Annual report of the Bengal Veterinary College and of the Civil Veterinary Department, Bengal, for the year 1899-1900 - 1899-1900
Year: 1899
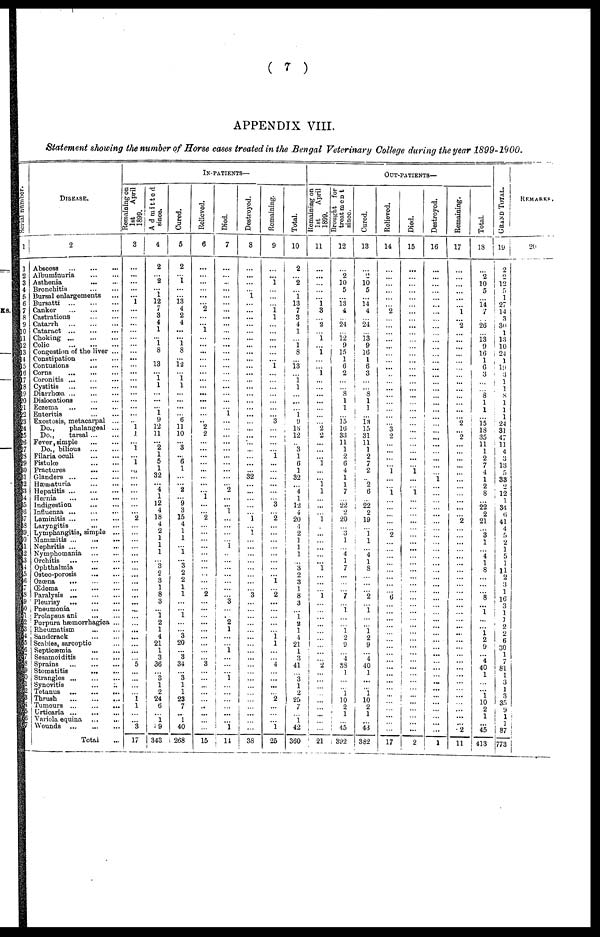
APPENDIX VIII.
Statement showing the number of Horse cases treated in the Bengal Veterinary College during the year 1899-1900.
Ser i
al number.
1
1
2
3
4
5
6
7
8
9
10
11
12
13
14
15
16
17
18
19
20
21
22
23
24
25
26
27
28
29
30
31
32
33
34
35
36 37
38
39
40
41
42
43
44
45
46
47
48
49
50
51
52
53
54
55 56
57
58
59
60
61
62
63
64
65
66
67
Disease.
2
Abscess ... ... ...
Albuminuria ... ...
Asthenia ... ...
Bronchitis ... ...
Bursal enlargements ...
Bursatti ... ... ...
Canker ... ... ...
Castrations ... ...
Catarrh ... ... ...
Cataract ... ... ...
Choking ... ... ...
Colic ... ... ...
Congestion of the liver ...
Constipation ... ...
Contusions ... ...
Corns ... ... ...
Coronitis ... ... ...
Cystitis ... ... ...
Diarrhœa ... ... ...
Dislocations ... ...
Eczema ... ... ...
Enteritis ... ...
Exostosis, metacarpal ...
Do.,
phalangeal ...
Do.,
tarsal ... ...
Fever, simple ... ...
Do., bilious ... ...
Filaria oculi ... ...
Fistulœ ... ...
Fractures ... ...
Glanders ... ... ...
Hæmaturia ... ...
Hepatitis ... ... ...
Hernia ... ... ...
Indigestion ... ...
Influenza ... ... ...
Laminitis ... ... ...
Laryngitis ... ...
Lymphangitis, simple ...
Manimitis ... ... ...
Nephritis ... ... ...
Nymphomania ... ...
Orchitis ... ... ...
Ophthalmia ... ...
Osteo-porosis ... ...
Ozœna ... ... ...
Œdoma ... ... ...
Paralysis ... ... ...
Pleurisy ... ... ...
Pneumonia ... ...
Prolapsus ani ... ...
Purpura hæmorrhagica ...
Rheumatism ... ...
Sanderack ... ...
Scabies, sarcoptic ...
Septicæmia ... ...
Sesamoiditis ... ...
Sprains ... ... ...
Stomatitis ... ...
Strangles ... ... ...
Synovitis ... ...
Tetanus
...
...
...
Thrush ... ... ...
Tumours
...
...
...
Urticaria ... ... ...
Varicla equina ... ...
Wounds ... ... ...
Total ...
In-patients—
Romaioing on
1st
April
1899.
3
...
...
...
...
...
1
...
...
...
...
...
...
...
...
...
...
...
...
...
...
...
...
... 1
1
...
1
... 1
...
...
...
...
...
...
... 2
...
...
... ...
...
...
...
...
...
...
...
...
...
...
...
...
...
...
... ...
... 5
...
...
...
...
1
1
...
... 3
17
Admitted
since.
4
2
... 2
... 1
12
7
3
4 1
... 1
8
... 13
1 1
1
...
...
... 1
9
12
11
... 2
1
5
1
32
... 4
1
12
4
18
4
2
1
1
1
... 3
2 3
1
8
3
... 1 2
1
4
21
1
3
36
...
...
1
2
24
6
... 1
9
343
| Cured.
5
2
...
1
...
...
13 4
2
4
...
... 1
8
...
12
...
1
1
...
...
... ...
6
11
10
...
3
... 6
1
...
... 2
...
9
3
13
4
1 1
1
1 ...
3
2 2
1
1
...
... 1
...
...
3
20
...
3
34
...
3 1
1
23
7
...
1
40
268
Relieved.
6
...
...
...
...
...
... 2
...
...
1
...
... ...
...
...
...
...
...
...
...
... ...
...
2
2
...
...
...
...
...
...
... ... 1
...
... 2
... ...
...
...
...
...
...
... ...
... 2
...
...
...
...
...
...
...
...
...
3
...
...
...
...
...
...
... ...
...
15
Died.
7
...
...
...
...
...
...
...
...
...
...
...
...
...
...
... ...
...
...
...
...
...
1
...
...
...
...
...
...
...
...
...
... 2
... ...
1
...
... ...
...
1
... ...
...
...
...
...
...
3
...
... 2
1
...
... 1
...
...
... 1
...
...
...
...
... ...
1
11
Destroyed.
8
...
...
...
...
1
...
...
...
...
...
...
...
...
...
...
...
...
...
...
...
...
...
...
...
...
...
...
...
...
... 32
...
...
...
...
... 1
... 1
...
...
...
...
...
...
...
... 3
...
...
...
...
...
...
...
...
...
...
...
...
... ...
...
... ...
...
38
Remaining.
9
...
... 1
...
1 1
...
...
...
...
...
...
1
...
...
...
...
...
...
... 3
...
...
...
... 1
...
...
...
...
...
...
3
... 2
...
...
...
...
...
...
...
... 1
... 2
...
...
...
...
... 1
1
...
... 4
...
...
...
... 2
...
... ...
1
25
Total.
10
2
...
2
...
1
13
7
3
4
1
...
1
8
...
13
...
1
1
...
...
1
9
13
12
...
3
1
6
1
32
... 4
1
12
4
20
1
2
1
1
1
...
3
2 3
1
8
3
... 1
2
1
4
21 1
3
41
...
3
1
2
25
7
... 1
42
360
Out-patients—
Remaining on
1st
April
1899.
11
...
... ...
...
...
1
3
...
2
...
1
... 1
...
...
1
...
...
...
...
...
...
...
2
2
...
...
...
1
...
1
1
...
...
... 1
...
...
... ...
...
...
1
...
...
...
1
...
...
...
...
... ...
...
...
... 2
...
...
...
...
...
...
... ...
...
21
Brought for
treat ment
since.
12
...
2
10
5
...
13
4
...
24
... 12
9
15
1
6 2
...
...
8 1
1
...
15
16
33
11
1
2
6
4
1
1
7
... 22
2
20
... 3 1
...
4
1
7
... ...
7
...
1
...
...
1
2
9
...
4
88
1
...
...
1
10
2
1
...
45
392
Cured.
13
...
2
10
5
...
14
4
...
24
...
13
9
16
1
6
3
...
...
8 1
1
...
13
15
31
11
1
2
7
2
...
2
6
... 22
2
19
... 1
1
...
4
1
8
...
...
...
2
...
1
...
...
1
2
9
...
4
40
1
...
...
1
10
2
1
...
43
382
Relieved.
14
...
...
...
...
...
...
2
...
...
...
...
...
...
...
...
...
...
...
... ...
...
...
...
3
2
...
...
...
...
1
...
... 1
...
...
... ...
...
2
... ...
... ...
...
... ...
...
6
...
...
...
...
...
...
... ...
...
...
...
...
...
...
...
...
... ...
...
17
Died.
15
...
...
...
...
...
...
...
...
...
...
...
...
...
...
...
...
...
...
...
...
...
...
...
...
...
...
...
...
...
1
...
...
1
...
...
...
...
...
...
...
...
... ...
...
...
...
...
...
...
...
...
...
...
...
...
...
...
...
...
...
...
...
...
...
...
...
...
2
Destroyed.
16
...
...
...
...
...
...
...
...
...
...
...
...
...
...
...
...
...
...
...
...
...
...
...
...
...
...
...
...
...
...
...
...
...
...
...
... ...
...
...
...
...
...
...
...
...
...
...
...
...
...
...
...
...
...
... ...
...
...
...
...
...
...
...
...
... ...
...
1
Remaining.
17
...
...
...
...
...
... 1
...
2
...
...
...
...
...
...
...
...
...
...
...
...
...
2
...
2
...
...
...
...
...
...
...
...
...
...
... ...
2
...
...
...
...
...
...
...
...
...
...
...
...
...
...
...
...
...
...
...
...
...
...
...
...
...
...
...
... ...
2
11
Total.
18
...
2
10
5
...
14
7
...
26
...
13
9
16
1
6
3
...
...
8
1
1
...
15
18
35
11
1
2
7
1
1
2
8
...
22
2
21
...
3
1
...
4
1
8
...
...
...
8
...
1
...
... ...
1
1
2
...
4
4
40 1
1
...
... 1
10
2
1
...
45
413
Grand Total.
19
2
2
12
5
1
27
14
3
30
1
13
10
24
1
19
...
1
1
8
1
1
1
24
31
47
11
4
3
13
5
33
2
12
1
34
8
41
4
5
2
1
5
1
11
2
3
1
16
3
1 1
1
2
2
6
30
1 7
81
1
3
1
3
35
9
1 1
87
773
Remarks.
20